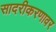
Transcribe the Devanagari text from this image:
सादरीकरणावर